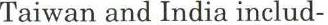
Taiwan and India includ-